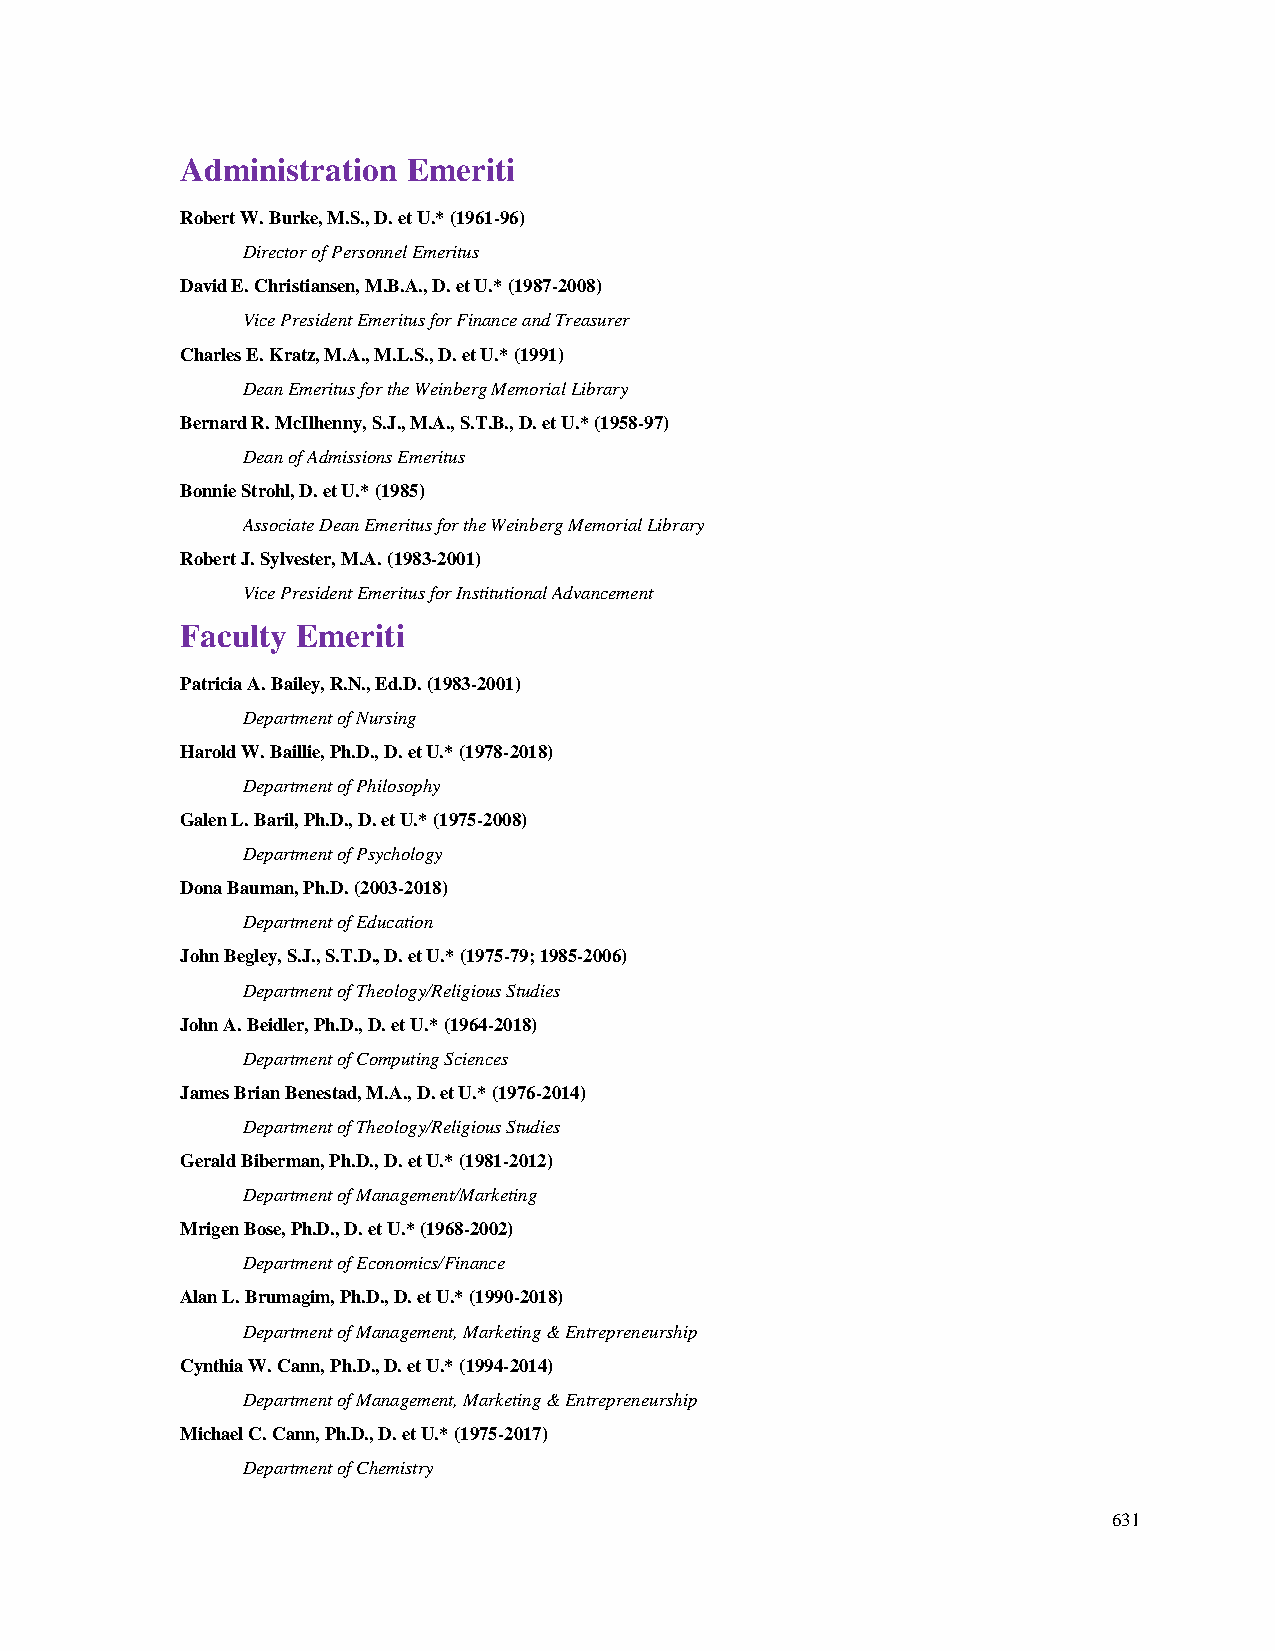
Administration Emeriti
 Robert W. Burke, M.S., D. et U.* (1961-96)
 Director of Personnel Emeritus
 David E. Christiansen, M.B.A., D. et U.* (1987-2008)
 Vice President Emeritus for Finance and Treasurer
 Charles E. Kratz, M.A., M.L.S., D. et U.* (1991)
 Dean Emeritus for the Weinberg Memorial Library
 Bernard R. McIlhenny, S.J., M.A., S.T.B., D. et U.* (1958-97)
 Dean of Admissions Emeritus
 Bonnie Strohl, D. et U.* (1985)
 Associate Dean Emeritus for the Weinberg Memorial Library
 Robert J. Sylvester, M.A. (1983-2001)
 Vice President Emeritus for Institutional Advancement
 Faculty Emeriti
 Patricia A. Bailey, R.N., Ed.D. (1983-2001)
 Department of Nursing
 Harold W. Baillie, Ph.D., D. et U.* (1978-2018)
 Department of Philosophy
 Galen L. Baril, Ph.D., D. et U.* (1975-2008)
 Department of Psychology
 Dona Bauman, Ph.D. (2003-2018)
 Department of Education
 John Begley, S.J., S.T.D., D. et U.* (1975-79; 1985-2006)
 Department of Theology/Religious Studies
 John A. Beidler, Ph.D., D. et U.* (1964-2018)
 Department of Computing Sciences
 James Brian Benestad, M.A., D. et U.* (1976-2014)
 Department of Theology/Religious Studies
 Gerald Biberman, Ph.D., D. et U.* (1981-2012)
 Department of Management/Marketing
 Mrigen Bose, Ph.D., D. et U.* (1968-2002)
 Department of Economics/Finance
 Alan L. Brumagim, Ph.D., D. et U.* (1990-2018)
 Department of Management, Marketing & Entrepreneurship
 Cynthia W. Cann, Ph.D., D. et U.* (1994-2014)
 Department of Management, Marketing & Entrepreneurship
 Michael C. Cann, Ph.D., D. et U.* (1975-2017)
 Department of Chemistry
 631